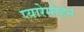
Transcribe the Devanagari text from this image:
प्यारेमोहन